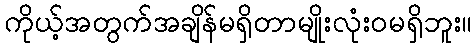
ကိုယ့်အတွက်အချိန်မရှိတာမျိုးလုံးဝမရှိဘူး။